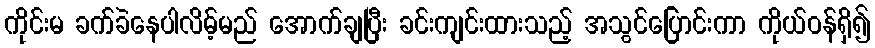
ကိုင်းမ ခက်ခဲနေပါလိမ့်မည် အောက်ချပြီး ခင်းကျင်းထားသည့် အသွင်ပြောင်းကာ ကိုယ်ဝန်ရှိ၍